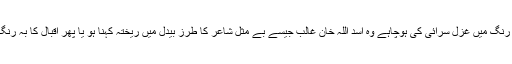
اردو کے قریباً سبھی بڑے شعرا اس مرحلے سے گزرے ہیں کہ انہوں نے دوسروں کے تقلیدی رنگ میں غزل سرائی کی ہوچاہے وہ اسد اللہ خان غالب جیسے بے مثل شاعر کا طرزِ بیدل میں ریختہ کہنا ہو یا پھر اقبال کا بہ رنگِ داغِ ؔ غزل گوئی کرنا اور اس کے در پر بذریعہ مکتوب باقاعدہ اصلاح کے لیے حاضری دینا۔